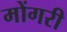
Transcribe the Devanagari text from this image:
मोंगरी